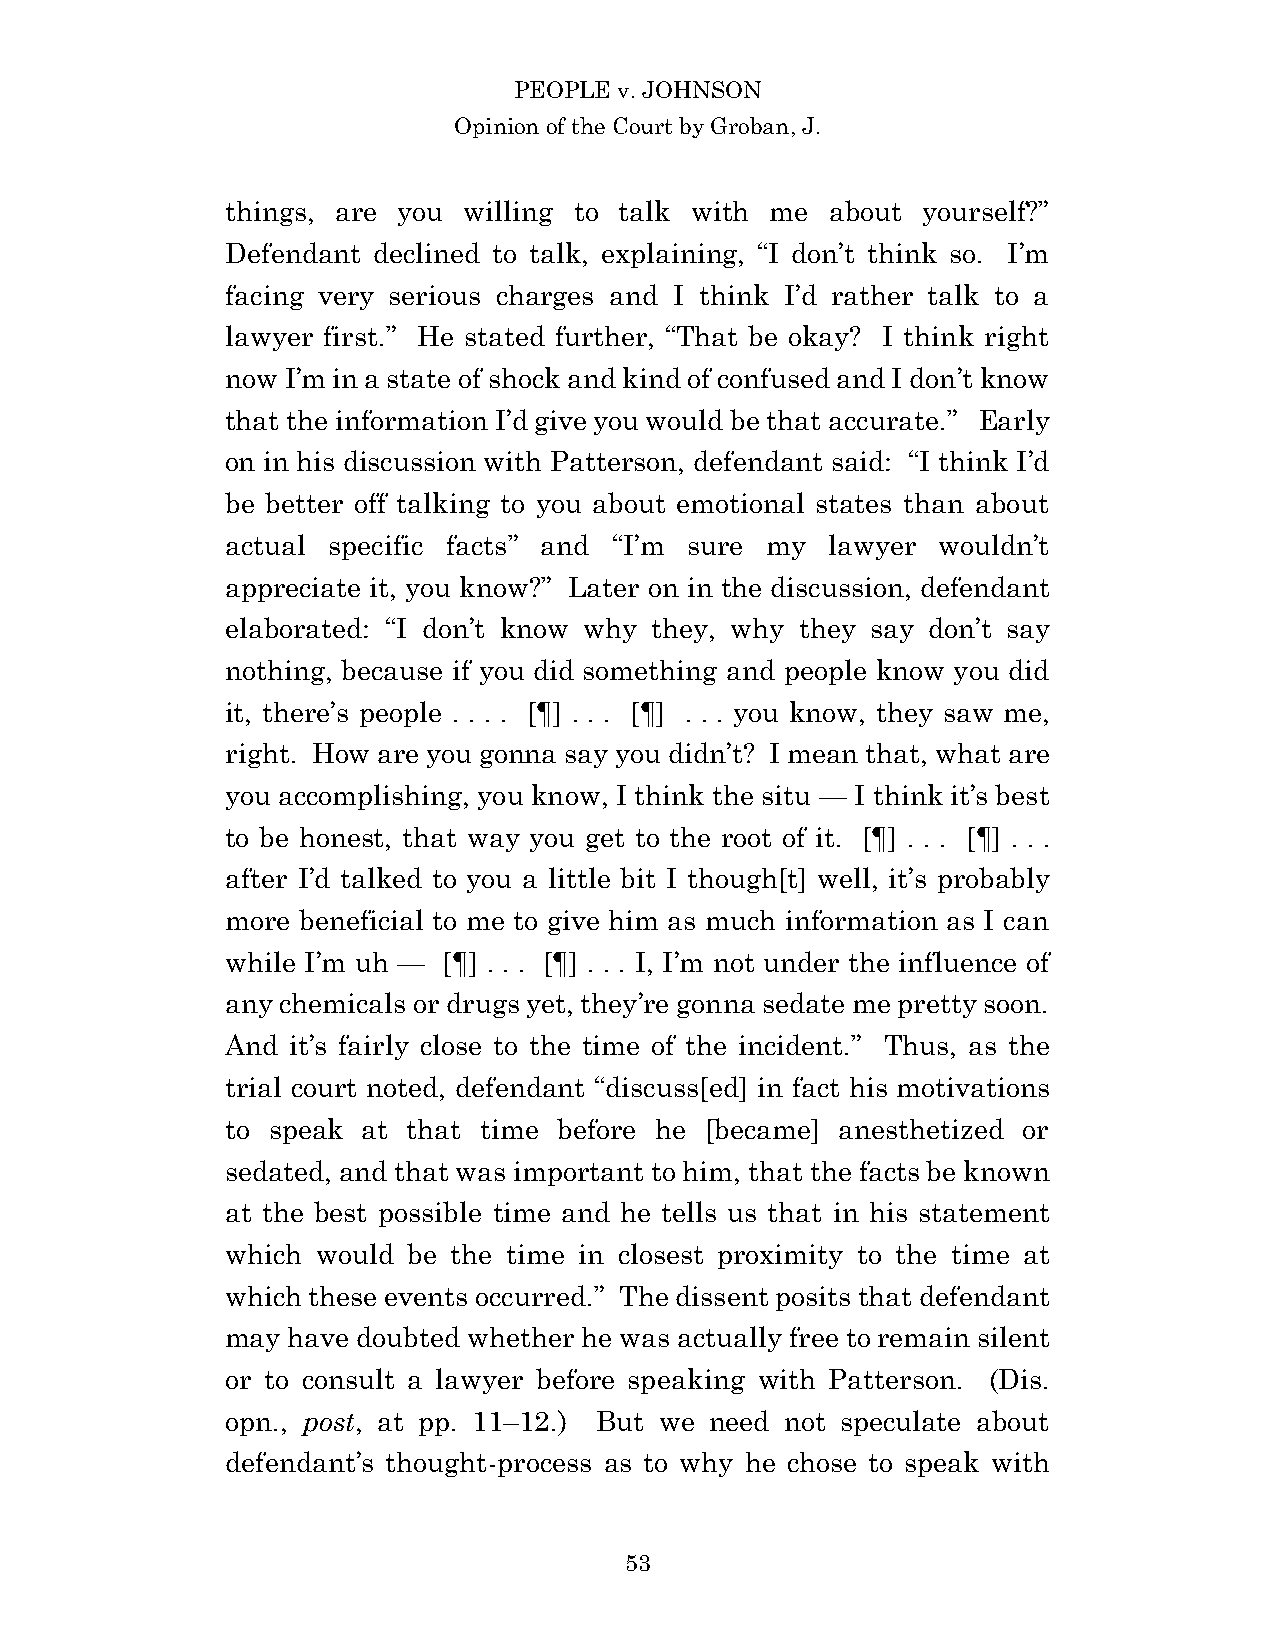
PEOPLE v. JOHNSON
 Opinion of the Court by Groban, J.
 things, are you willing to talk with me about yourself?”
 Defendant declined to talk, explaining, “I don’t think so. I’m
 facing very serious charges and I think I’d rather talk to a
 lawyer first.” He stated further, “That be okay? I think right
 now I’m in a state of shock and kind of confused and I don’t know
 that the information I’d give you would be that accurate.” Early
 on in his discussion with Patterson, defendant said: “I think I’d
 be better off talking to you about emotional states than about
 actual specific facts” and “I’m sure my lawyer wouldn’t
 appreciate it, you know?” Later on in the discussion, defendant
 elaborated: “I don’t know why they, why they say don’t say
 nothing, because if you did something and people know you did
 it, there’s people . . . . [¶] . . . [¶] . . . you know, they saw me,
 right. How are you gonna say you didn’t? I mean that, what are
 you accomplishing, you know, I think the situ — I think it’s best
 to be honest, that way you get to the root of it. [¶] . . . [¶] . . .
 after I’d talked to you a little bit I though[t] well, it’s probably
 more beneficial to me to give him as much information as I can
 while I’m uh — [¶] . . . [¶] . . . I, I’m not under the influence of
 any chemicals or drugs yet, they’re gonna sedate me pretty soon.
 And it’s fairly close to the time of the incident.” Thus, as the
 trial court noted, defendant “discuss[ed] in fact his motivations
 to speak at that time before he [became] anesthetized or
 sedated, and that was important to him, that the facts be known
 at the best possible time and he tells us that in his statement
 which would be the time in closest proximity to the time at
 which these events occurred.” The dissent posits that defendant
 may have doubted whether he was actually free to remain silent
 or to consult a lawyer before speaking with Patterson. (Dis.
 opn., post, at pp. 11–12.) But we need not speculate about
 defendant’s thought-process as to why he chose to speak with
 5 3